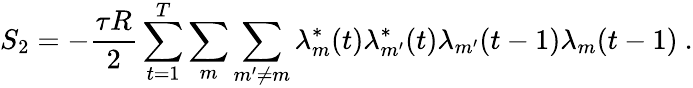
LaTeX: S_{2}=-\frac{\tau R}{2}\sum_{t=1}^{T}\sum_{m}\sum_{m^{\prime}\neq m}\lambda_{m}^{*}(t)\lambda_{m^{\prime}}^{*}(t)\lambda_{m^{\prime}}(t-1)\lambda_{m}(t-1)\ .